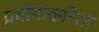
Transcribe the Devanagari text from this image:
प्रयोगाकरिता